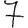
Digit: 7